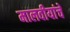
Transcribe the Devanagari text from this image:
मालवीयांचे